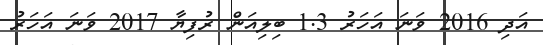
އަދި 2016 ވަނަ އަހަރު 1.3 ބިލިއަން ރުފިޔާ 2017 ވަނަ އަހަރު